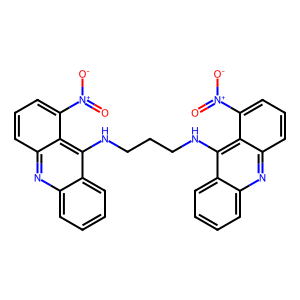
SMILES: O=[N+]([O-])c1cccc2nc3ccccc3c(NCCCNc3c4ccccc4nc4cccc([N+](=O)[O-])c34)c12
Inhibits HIV replication: No